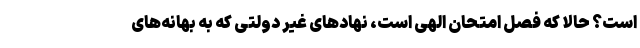
است؟ حالا که فصل امتحان الهی است، نهادهای غیر دولتی که به بهانه‌های